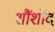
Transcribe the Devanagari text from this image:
शौंशोद